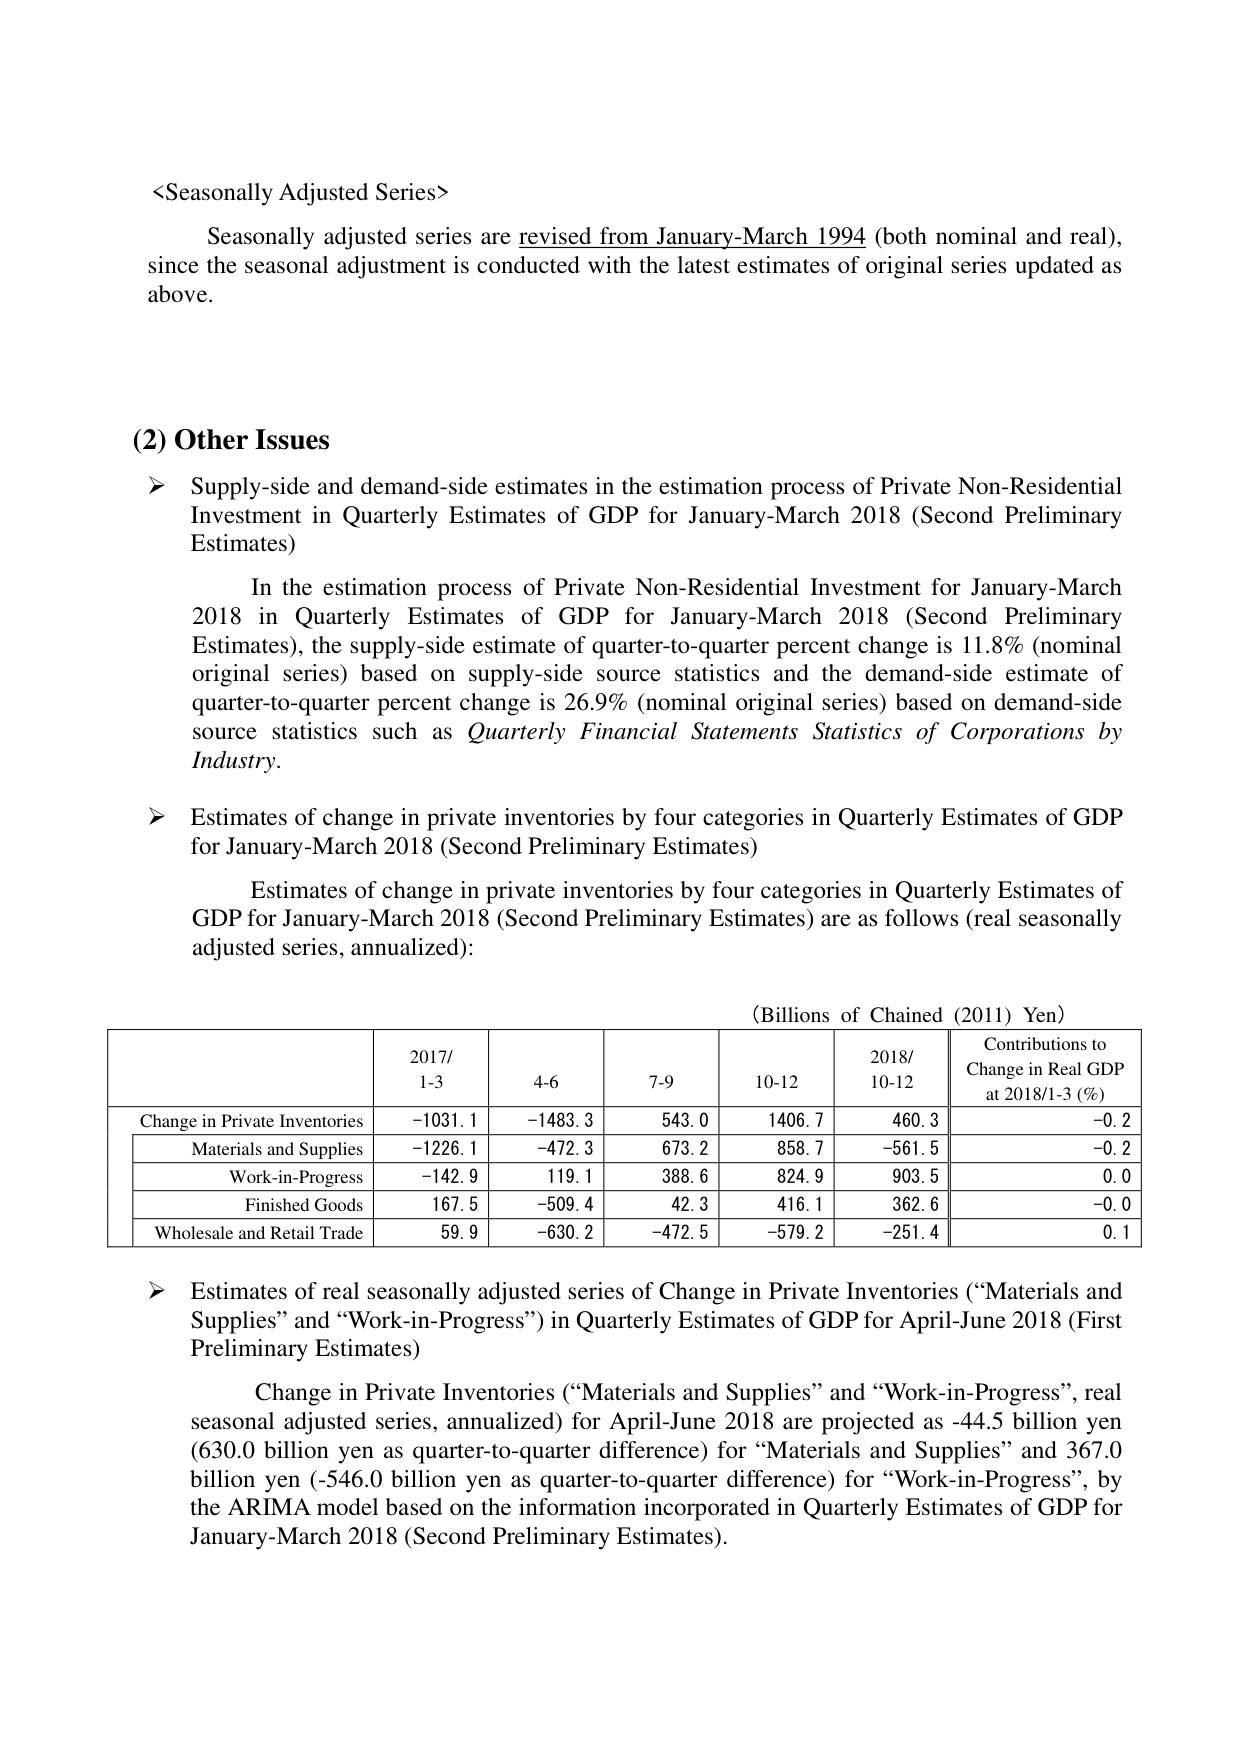
<Seasonally Adjusted Series>

Seasonally adjusted series are revised from January-March 1994 (both nominal and real), since the seasonal adjustment is conducted with the latest estimates of original series updated as above.

(2) Other Issues

➤ Supply-side and demand-side estimates in the estimation process of Private Non-Residential Investment in Quarterly Estimates of GDP for January-March 2018 (Second Preliminary Estimates)

In the estimation process of Private Non-Residential Investment for January-March 2018 in Quarterly Estimates of GDP for January-March 2018 (Second Preliminary Estimates), the supply-side estimate of quarter-to-quarter percent change is 11.8% (nominal original series) based on supply-side source statistics and the demand-side estimate of quarter-to-quarter percent change is 26.9% (nominal original series) based on demand-side source statistics such as Quarterly Financial Statements Statistics of Corporations by Industry.

➤ Estimates of change in private inventories by four categories in Quarterly Estimates of GDP for January-March 2018 (Second Preliminary Estimates)

Estimates of change in private inventories by four categories in Quarterly Estimates of GDP for January-March 2018 (Second Preliminary Estimates) are as follows (real seasonally adjusted series, annualized):

(Billions of Chained (2011) Yen)

| | 2017/ 1-3 | 4-6 | 7-9 | 10-12 | 2018/ 10-12 | Contributions to Change in Real GDP at 2018/1-3 (%) |
|---|---|---|---|---|---|---|
| Change in Private Inventories | -1031.1 | -1483.3 | 543.0 | 1406.7 | 460.3 | -0.2 |
| Materials and Supplies | -1226.1 | -472.3 | 673.2 | 858.7 | -561.5 | -0.2 |
| Work-in-Progress | -142.9 | 119.1 | 388.6 | 824.9 | 903.5 | 0.0 |
| Finished Goods | 167.5 | -509.4 | 42.3 | 416.1 | 362.6 | -0.0 |
| Wholesale and Retail Trade | 59.9 | -630.2 | -472.5 | -579.2 | -251.4 | 0.1 |

➤ Estimates of real seasonally adjusted series of Change in Private Inventories (“Materials and Supplies” and “Work-in-Progress”) in Quarterly Estimates of GDP for April-June 2018 (First Preliminary Estimates)

Change in Private Inventories (“Materials and Supplies” and “Work-in-Progress”, real seasonal adjusted series, annualized) for April-June 2018 are projected as -44.5 billion yen (630.0 billion yen as quarter-to-quarter difference) for “Materials and Supplies” and 367.0 billion yen (-546.0 billion yen as quarter-to-quarter difference) for “Work-in-Progress”, by the ARIMA model based on the information incorporated in Quarterly Estimates of GDP for January-March 2018 (Second Preliminary Estimates).